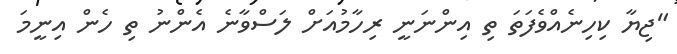
"ޖިޔާ ކިހިނެއްވެފަތަ ތި އިންނަނީ ރިހާމުއަށް ލަސްވާނެ އެންނު ތި ހެން އިނީމަ